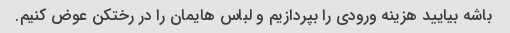
باشه بیایید هزینه ورودی را بپردازیم و لباس هایمان را در رختکن عوض کنیم.